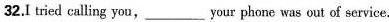
32.I tried calling you,___ your phone was out of service.